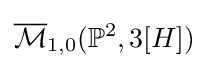
{\overline {\mathcal {M}}}_{1,0}(\mathbb {P} ^{2},3[H])